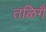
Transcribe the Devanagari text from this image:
तळिगै